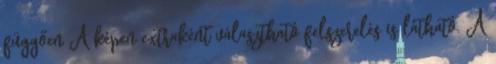
függően A képen extraként választható felszerelés is látható. A